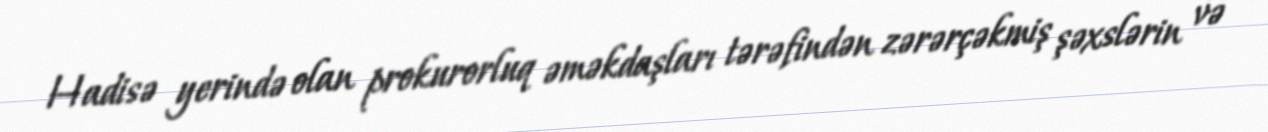
Hadisə yerində olan prokurorluq əməkdaşları tərəfindən zərərçəkmiş şəxslərin və